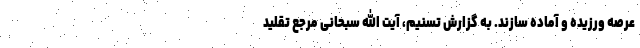
عرصه ورزیده و آماده سازند. به گزارش تسنیم، آیت الله سبحانی مرجع تقلید